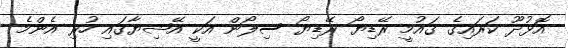
އޮޅުދޫ ކަރައިގެ ގައުމީ ރޭޑިޔޯ ރޭޑިޔޯ ސިލޯން އަކީ އޭޝިޔާގައި ހުރި އެންމެ